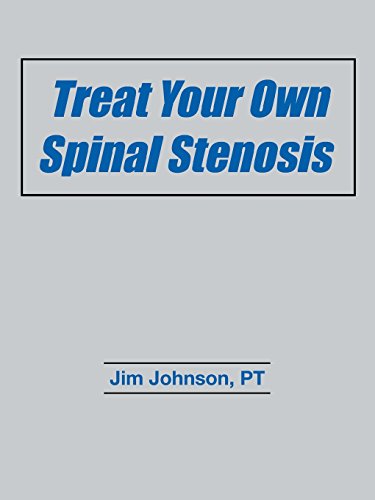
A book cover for Treat Your Own Spinal Stenosis; Jim Johnson; Health, Fitness & Dieting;